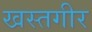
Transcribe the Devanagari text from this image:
खस्तगीर